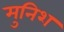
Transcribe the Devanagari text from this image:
मुनिश